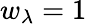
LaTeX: w_{\lambda}=1